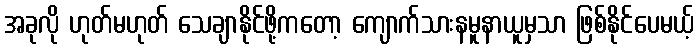
အခုလို ဟုတ်မဟုတ် သေချာနိုင်ဖို့ကတော့ ကျောက်သားနမူနာယူမှသာ ဖြစ်နိုင်ပေမယ့်